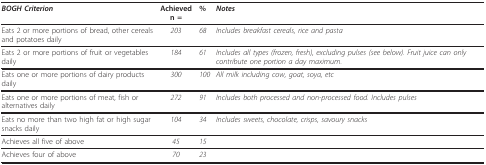
<table><thead><tr><td><b><i>BOGH Criterion</i></b></td><td><b>Achieved n =</b></td><td><b>%</b></td><td><b><i>Notes</i></b></td></tr></thead><tbody><tr><td>Eats 2 or more portions of bread, other cereals and potatoes daily</td><td><i>203</i></td><td><i>68</i></td><td><i>Includes breakfast cereals, rice and pasta</i></td></tr><tr><td>Eats 2 or more portions of fruit or vegetables daily</td><td><i>184</i></td><td><i>61</i></td><td><i>Includes all types (frozen, fresh), excluding pulses (see below). Fruit juice can only contribute one portion a day maximum</i>.</td></tr><tr><td>Eats one or more portions of dairy products daily</td><td><i>300</i></td><td><i>100</i></td><td><i>All milk including cow, goat, soya, etc</i></td></tr><tr><td>Eats one or more portions of meat, fish or alternatives daily</td><td><i>272</i></td><td><i>91</i></td><td><i>Includes both processed and non-processed food. Includes pulses</i></td></tr><tr><td>Eats no more than two high fat or high sugar snacks daily</td><td><i>104</i></td><td><i>34</i></td><td><i>Includes sweets, chocolate, crisps, savoury snacks</i></td></tr><tr><td>Achieves all five of above</td><td><i>45</i></td><td><i>15</i></td><td></td></tr><tr><td>Achieves four of above</td><td><i>70</i></td><td><i>23</i></td><td></td></tr></tbody></table>